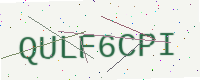
Text: QULF6CPI